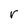
Character: r